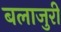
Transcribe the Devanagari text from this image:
बलाजुरी